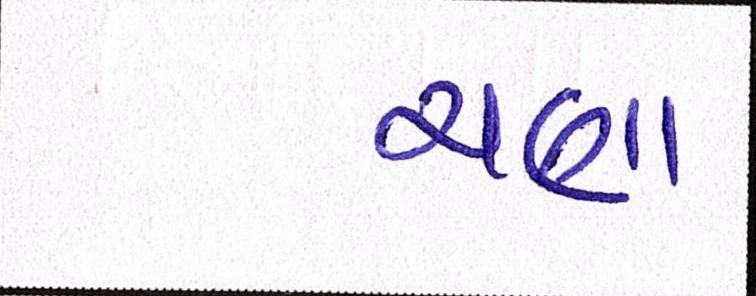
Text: ચણા